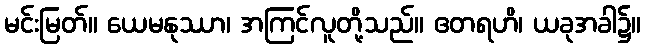
မင်းမြတ်။ ယေမနုဿာ၊ အကြင်လူတို့သည်။ ဧတရဟိ၊ ယခုအခါ၌။